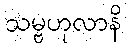
သမ္ဗဟုလာနိ